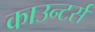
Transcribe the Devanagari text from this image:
काउन्टर्स